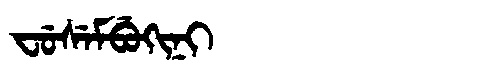
Manchu: ᠸᡠᠰᡝᠮᠪᡠᡴᡳᠨᡳ
Romanization: FUSEMBUKINI